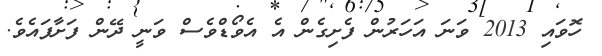
ހޮވައި 2013 ވަނަ އަހަރުން ފެށިގެން އެ އެވޯޑްވެސް ވަނީ ދޭން ފަށާފައެވެ.